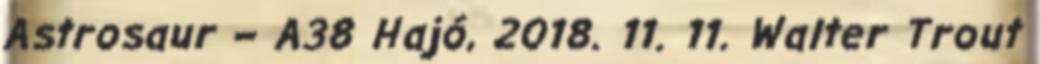
Astrosaur – A38 Hajó, 2018. 11. 11. Walter Trout